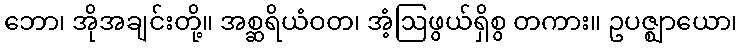
ဘော၊ အိုအချင်းတို့။ အစ္ဆရိယံဝတ၊ အံ့ဩဖွယ်ရှိစွ တကား။ ဥပဇ္ဈာယော၊